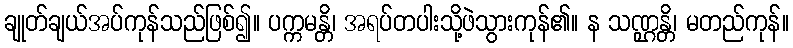
ချုတ်ချယ်အပ်ကုန်သည်ဖြစ်၍။ ပက္ကမန္တိ၊ အရပ်တပါးသို့ဖဲသွားကုန်၏။ န သဏ္ဌန္တိ၊ မတည်ကုန်။